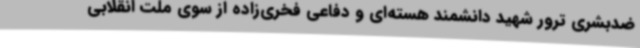
ضدبشری ترور شهید دانشمند هسته‌ای و دفاعی فخری‌زاده از سوی ملت انقلابی